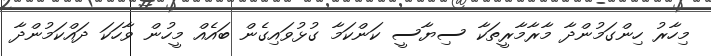
މިހާރު ހިންގަމުންދާ މާރާމާރީތަކާ ސިޔާސީ ކަންކަމާ ގުޅުވައިގެން ބައެއް މީހުން ވާހަކަ ދައްކަމުންދާ